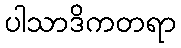
ပါသာဒိကတရာ